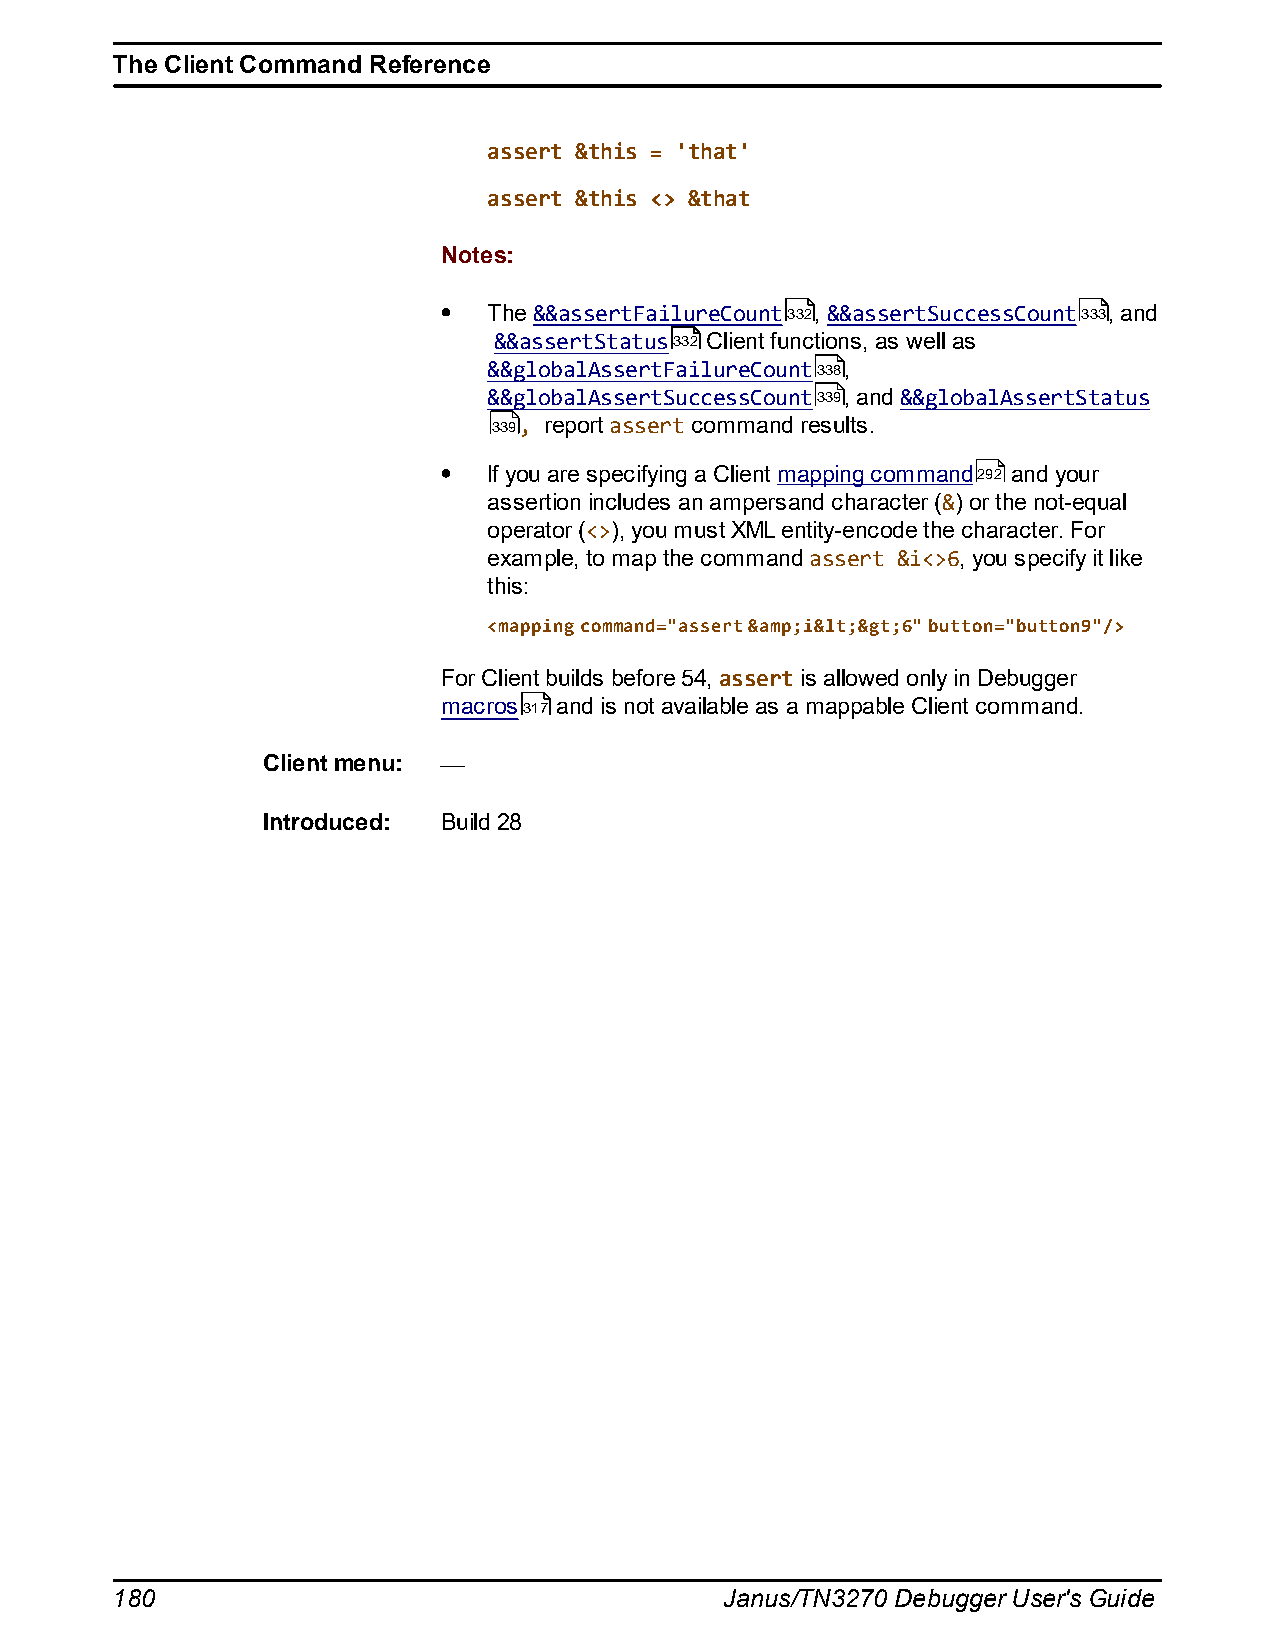
The Client Command Reference
 assert &this = 'that'
 assert &this <> &that
 Notes:
 The &&assertFailureCount332, &&assertSuccessCount333, and
 &&assertStatus332 Client functions, as well as
 &&globalAssertFailureCount338,
 &&globalAssertSuccessCount339, and &&globalAssertStatus
 339, report assert command results.
 If you are specifying a Client mapping command292 and your
 assertion includes an ampersand character (&) or the not-equal
 operator (<>), you must XML entity-encode the character. For
 example, to map the command assert &i<>6, you specify it like
 this:
 <mapping command="assert &amp;i&lt;&gt;6" button="button9"/>
 For Client builds before 54, assert is allowed only in Debugger
 macros317 and is not available as a mappable Client command.
 Client menu:
 Introduced: Build 28
 180                                      Janus/TN3270 Debugger User's Guide